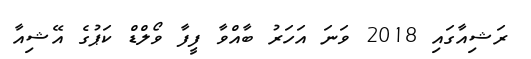
ރަޝިއާގައި 2018 ވަނަ އަހަރު ބާއްވާ ފީފާ ވޯލްޑް ކަޕުގެ އޭޝިއާ